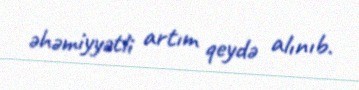
əhəmiyyətli artım qeydə alınıb.